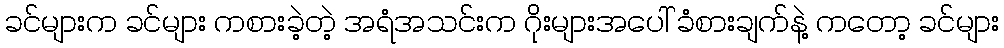
ခင်များက ခင်များ ကစားခဲ့တဲ့ အရံအသင်းက ဂိုးများအပေါ် ခံစားချက်နဲ့ ကတော့ ခင်များ